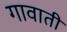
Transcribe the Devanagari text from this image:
गावाती